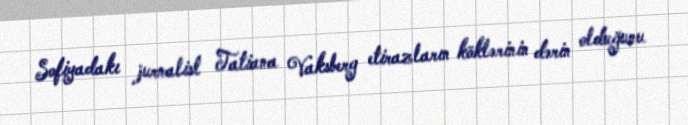
Sofiyadakı jurnalist Tatiana Vaksberg etirazların köklərinin dərin olduğunu